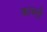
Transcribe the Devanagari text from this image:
काब्ली